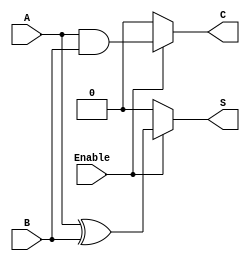
module Conditional_Half_Adder (
    input wire A,        // First single-bit input
    input wire B,        // Second single-bit input
    input wire Enable,   // Control signal
    output reg S,        // Sum output
    output reg C         // Carry output
);

always @(*) begin
    if (Enable) begin
        S = A ^ B;      // Sum is A XOR B
        C = A & B;      // Carry is A AND B
    end else begin
        S = 1'b0;       // Default state for Sum
        C = 1'b0;       // Default state for Carry
    end
end

endmodule